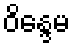
ဝိန္ဒေမ